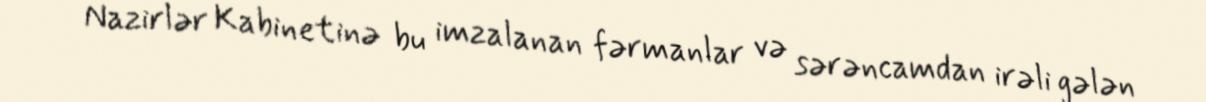
Nazirlər Kabinetinə bu imzalanan fərmanlar və sərəncamdan irəli gələn